Document type: Sale
Year: 1461
Scribe: [Unknown]
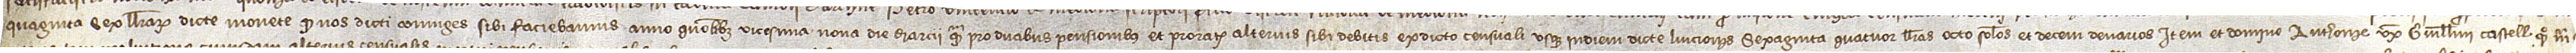
quaginta sex llibrarum dicte monete quod nos dicti coniuges sibi faciebamus anno quolibet vicesima nona die marcii quam pro duabus pensionibus et prorate alterius sibi debitis ex dicto censuali usque in diem dicte luicionis sexaginta quatuor llibras, octo solidos et decem denarios; item, et domine Anthonie, uxori Guillelmi Castell, quondam, mer-